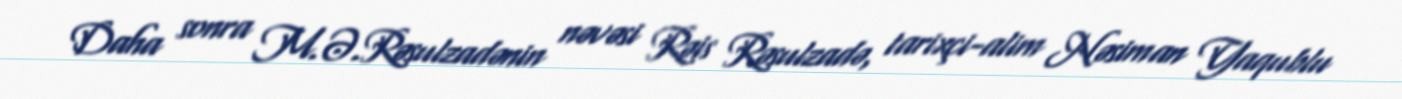
Daha sonra M.Ə.Rəsulzadənin nəvəsi Rəis Rəsulzadə, tarixçi-alim Nəsiman Yaqublu